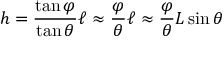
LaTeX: h = { \frac { \tan \varphi } { \tan \theta } } \ell \approx { \frac { \varphi } { \theta } } \ell \approx { \frac { \varphi } { \theta } } L \sin \theta